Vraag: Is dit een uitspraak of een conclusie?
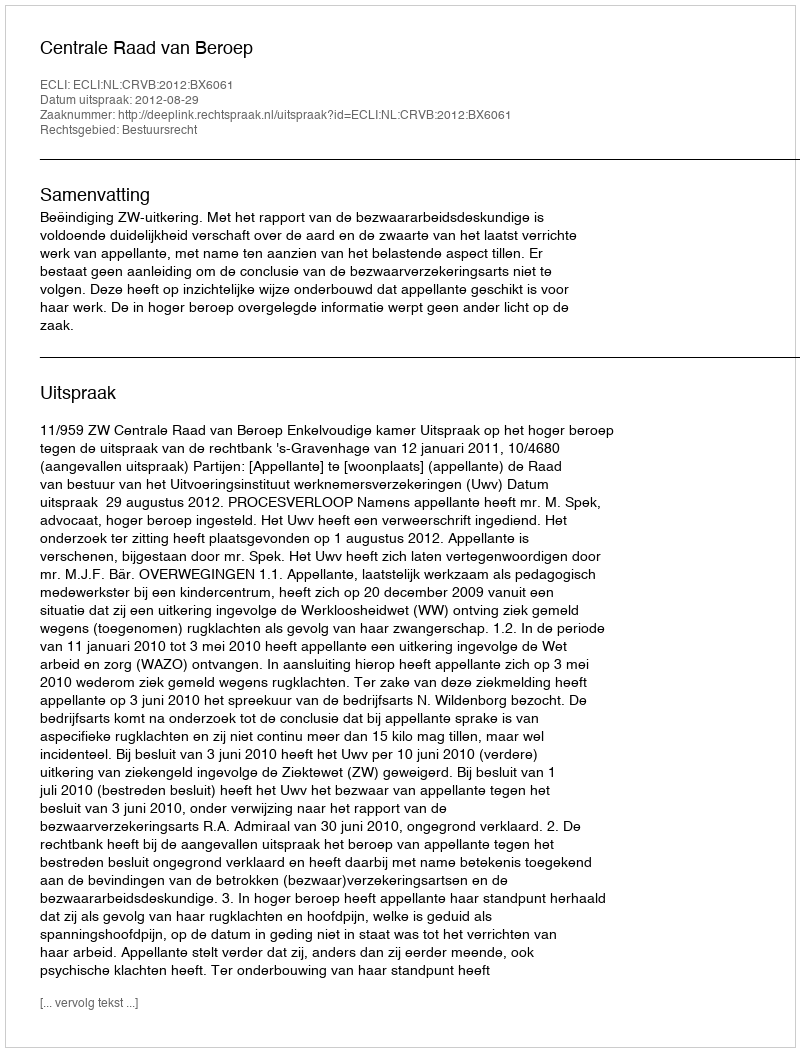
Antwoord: Uitspraak